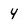
Character: 4